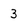
Character: 3